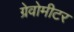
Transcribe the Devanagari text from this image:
ग्रेवोमीटर